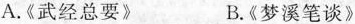
A.《武经总要》 B.《梦溪笔谈》